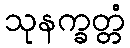
သုနက္ခတ္တံ